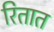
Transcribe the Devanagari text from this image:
रितात